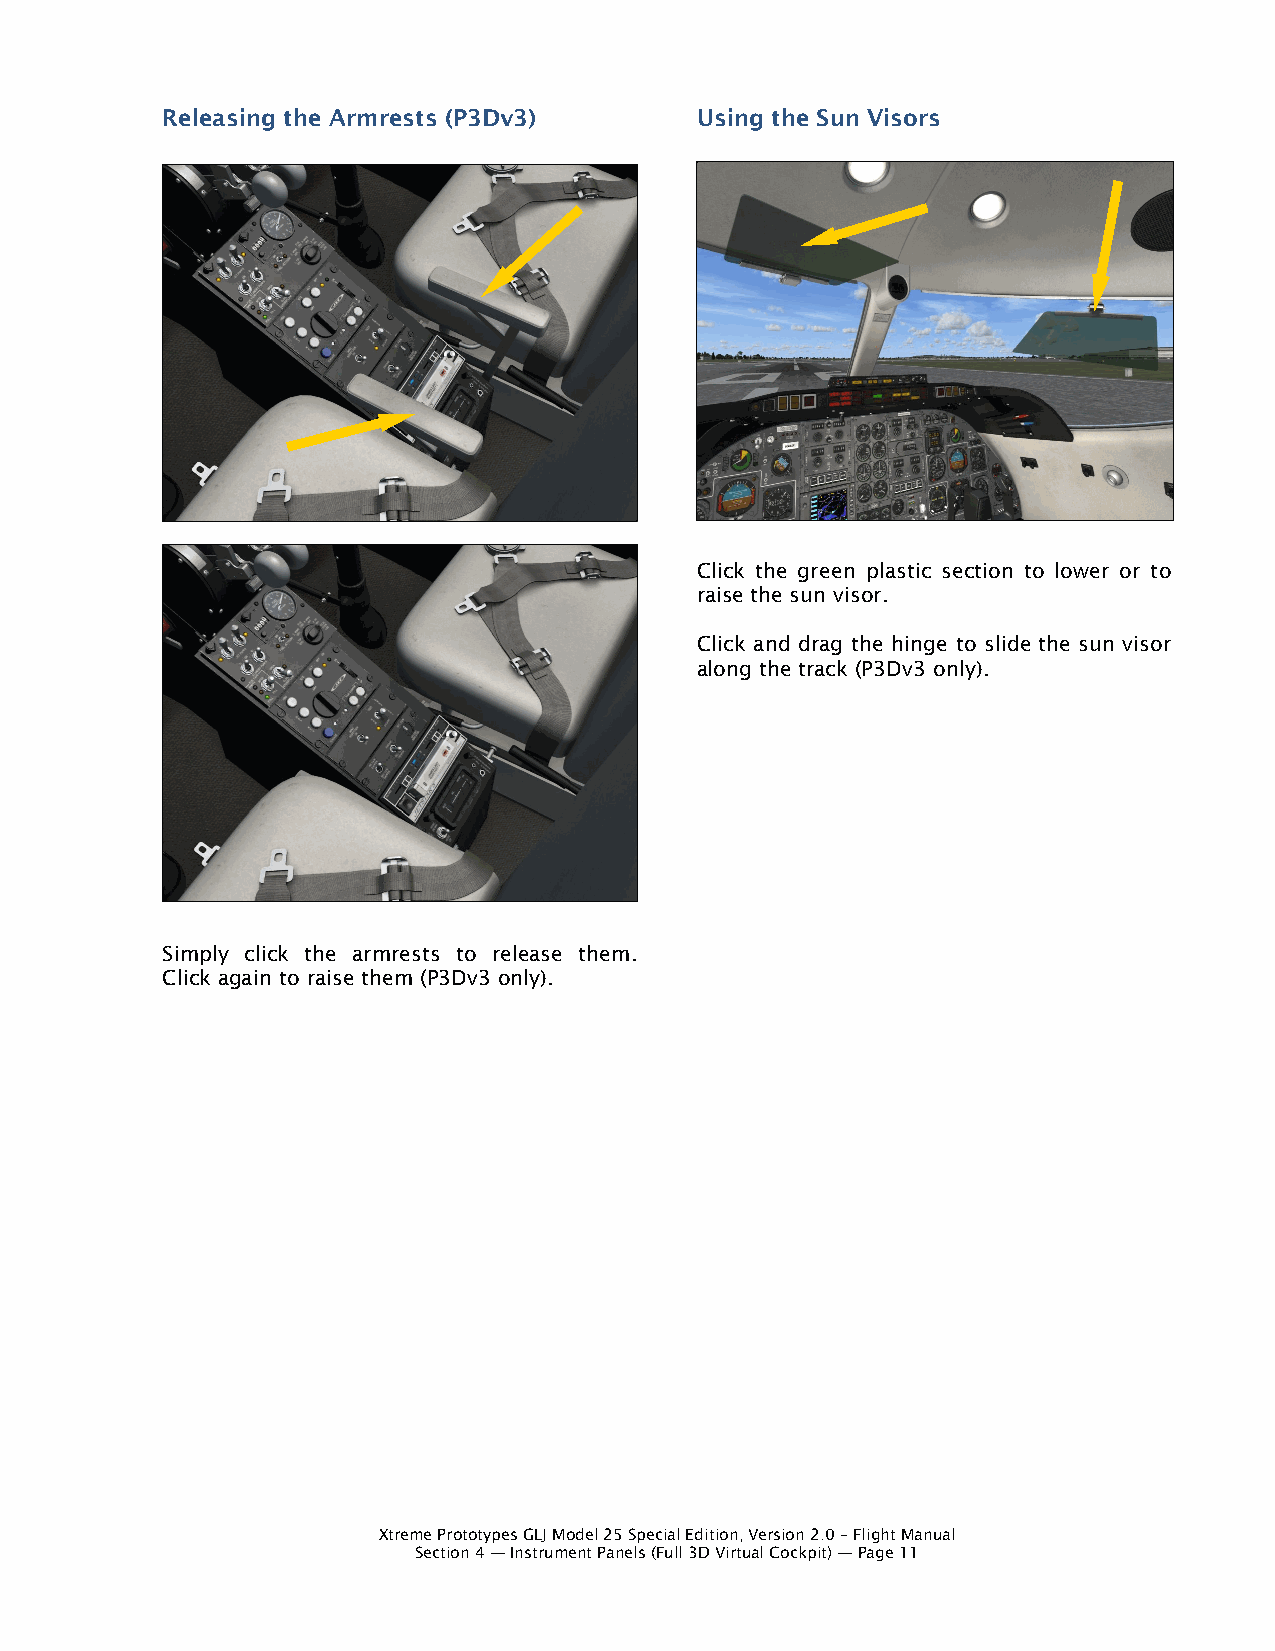
Releasing the Armrests (P3Dv3)     Using the Sun Visors
 Click the green plastic section to lower or to
 raise the sun visor.
 Click and drag the hinge to slide the sun visor
 along the track (P3Dv3 only).
 Simply click the armrests to release them.
 Click again to raise them (P3Dv3 only).
 Xtreme Prototypes GLJ Model 25 Special Edition, Version 2.0 – Flight Manual
 Section 4 — Instrument Panels (Full 3D Virtual Cockpit) — Page 11